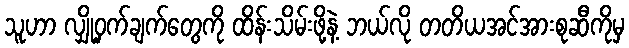
သူဟာ လျှို့ဝှက်ချက်တွေကို ထိန်းသိမ်းဖို့နဲ့ ဘယ်လို တတိယအင်အားစုဆီကိုမှ